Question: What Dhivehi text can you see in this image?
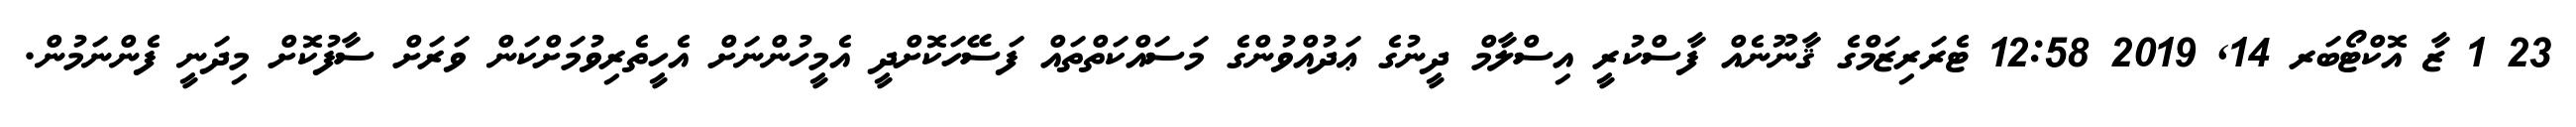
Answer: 23 1 ޒާ އޮކްޓޯބަރ 14, 2019 12:58 ޓެރަރިޒަމްގެ ޤާނޫނެއް ފާސްކުރީ އިސްލާމް ދީނުގެ ޢަދުއްވުންގެ މަސައްކަތްތައް ފަސޭހަކޮށްދީ އެމީހުންނަށް އެހީތެރިވުމަށްކަން ވަރަށް ސާފުކޮށް މިދަނީ ފެންނަމުން.